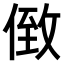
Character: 𠊷